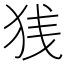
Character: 𫞣